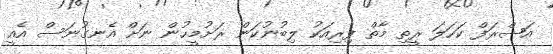
އަޝްރަފް ކަހަލަ ރީތި މާތް ފިރިއަކު ލިބުނުކަން ރަށުމީހުން ނަށް އެނގުނަސް އެއީ